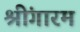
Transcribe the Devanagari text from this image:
श्रींगारम